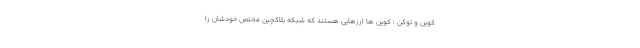
کوین و توکن ؛ کوین ها ارزهایی هستند که شبکه بلاکچین مختص خودشان را